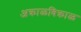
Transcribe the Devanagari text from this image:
अक्राळविक्राळ